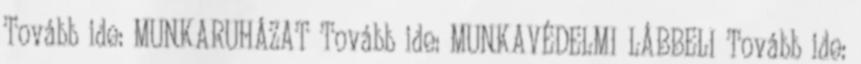
Tovább ide: MUNKARUHÁZAT Tovább ide: MUNKAVÉDELMI LÁBBELI Tovább ide: